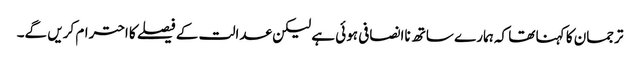
ترجمان کا کہنا تھا کہ ہمارے ساتھ ناانصافی ہوئی ہے لیکن عدالت کے فیصلے کا احترام کریں گے۔